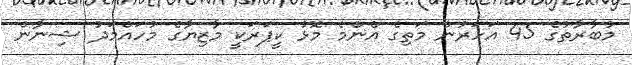
މުބާރާތުގެ 45 އަހަރުން މަތިގެ އެންމެ މޮޅު ކީޕަރަކީ މާޒިޔާގެ މުހައްމަދު ޝިނާން